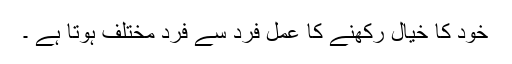
خود کا خیال رکھنے کا عمل فرد سے فرد مختلف ہوتا ہے ۔